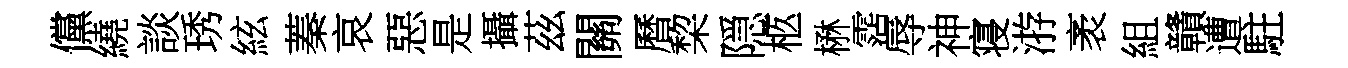
儻繞談琇絃蓁哀惡是攝茲關曆棃隠柩楙霑辱神寝㳺袤組贛遭駐